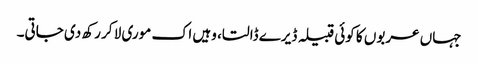
جہاں عربوں کا کوئی قبیلہ ڈیرے ڈالتا، وہیں اک موری لا کر رکھ دی جاتی۔